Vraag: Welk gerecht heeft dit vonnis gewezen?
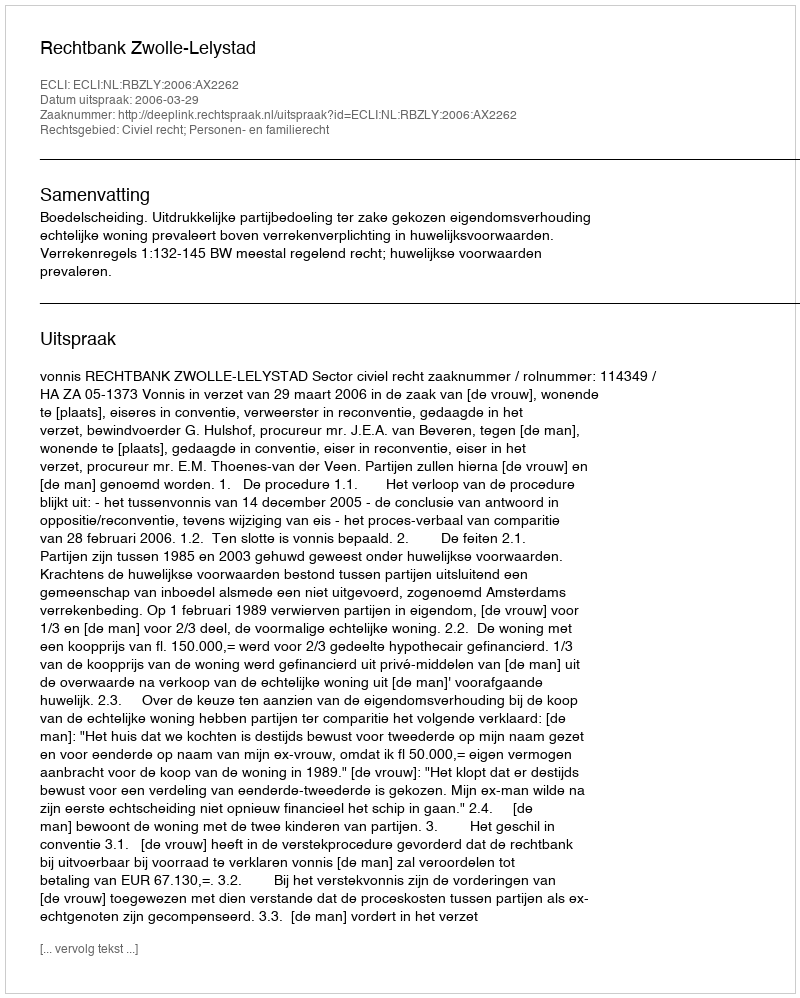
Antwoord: Rechtbank Zwolle-Lelystad